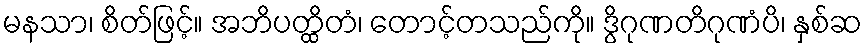
မနသာ၊ စိတ်ဖြင့်။ အဘိပတ္ထိတံ၊ တောင့်တသည်ကို။ ဒွိဂုဏတိဂုဏံပိ၊ နှစ်ဆ